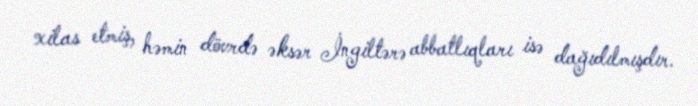
xilas etmiş, həmin dövrdə əksər İngiltərə abbatlıqları isə dağıdılmışdır.